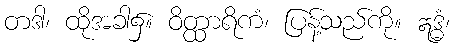
တဒါ၊ ထိုအခါ၌။ ဝိတ္ထာရိကံ၊ ပြန့်သည်ကို။ ဣဒ္ဓံ၊